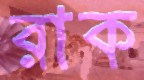
রাক